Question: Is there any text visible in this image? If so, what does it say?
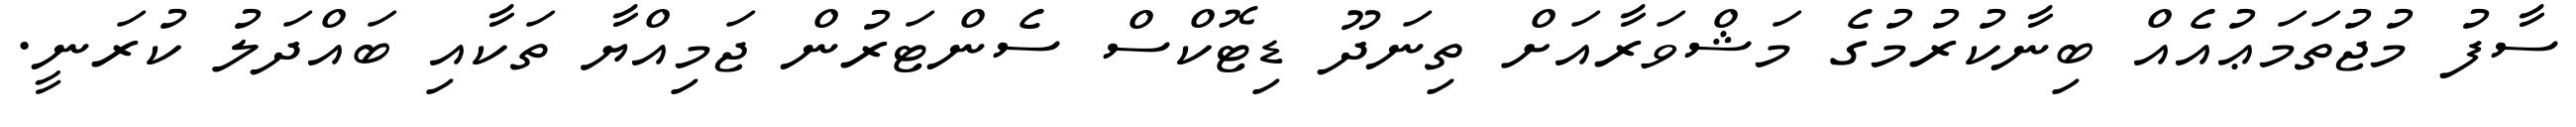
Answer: ސާފު މުޖުތަމަޢުއެއް ބިނާކުރުމުގެ މަޝްވަރާއަށް ތިނަދޫ ޑިޓޮކްސް ސެންޓަރުން ޖަމިއްޔާ ތަކާއި ބައްދަލު ކުރަނީ.